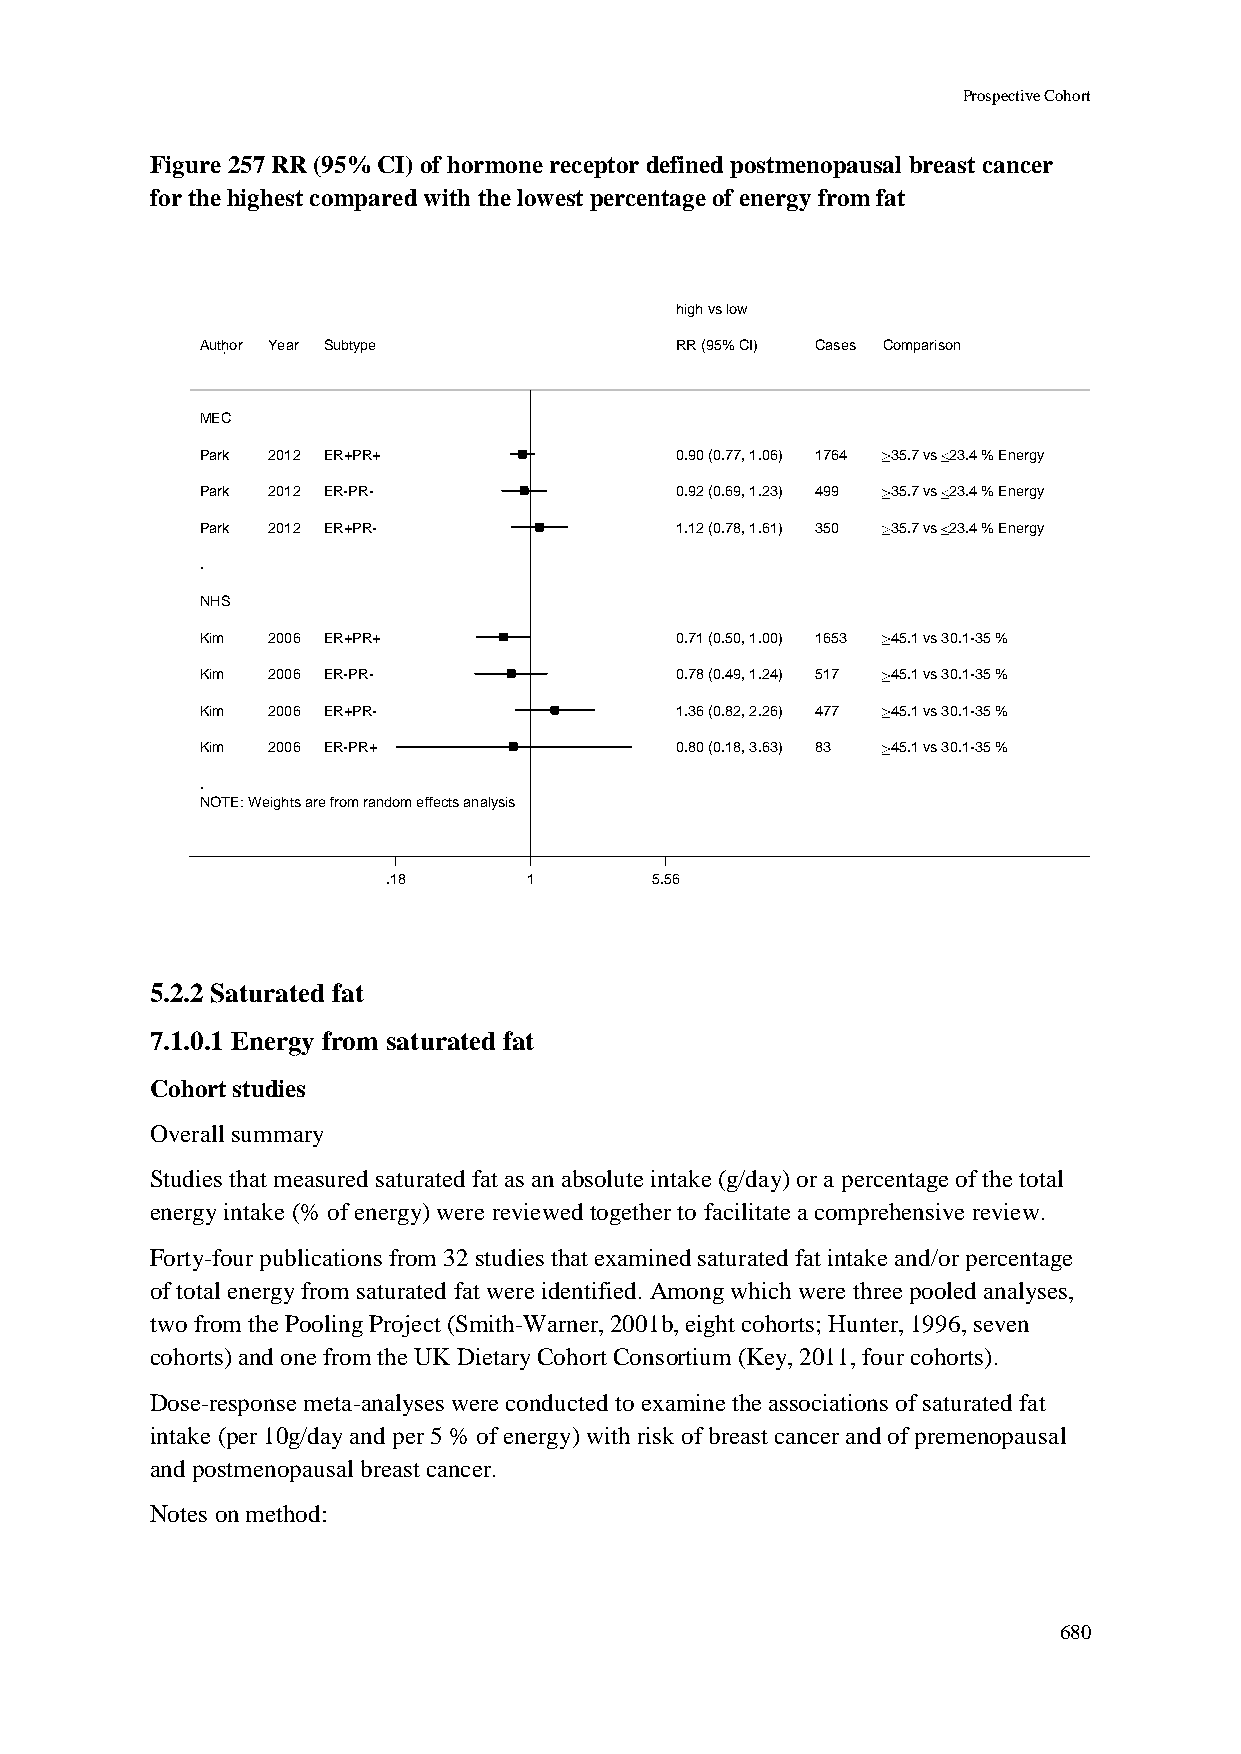
Prospective Cohort
 Figure 257 RR (95% CI) of hormone receptor defined postmenopausal breast cancer
 for the highest compared with the lowest percentage of energy from fat
 hhiigghh vvss llooww
 Author Year Subtype             RRRR ((9955%% CCII)) CCaasseess Comparison
 MEC
 Park 2012 ER+PR+                00..9900 ((00..7777,, 11..0066)) 11776644 35.7 vs 23.4 % Energy
 Park 2012 ER-PR-                00..9922 ((00..6699,, 11..2233)) 449999 35.7 vs 23.4 % Energy
 Park 2012 ER+PR-                11..1122 ((00..7788,, 11..6611)) 335500 35.7 vs 23.4 % Energy
 .
 NHS
 Kim  2006 ER+PR+                00..7711 ((00..5500,, 11..0000)) 11665533 45.1 vs 30.1-35 %
 Kim  2006 ER-PR-                00..7788 ((00..4499,, 11..2244)) 551177 45.1 vs 30.1-35 %
 Kim  2006 ER+PR-                11..3366 ((00..8822,, 22..2266)) 447777 45.1 vs 30.1-35 %
 Kim  2006 ER-PR+                00..8800 ((00..1188,, 33..6633)) 8833 45.1 vs 30.1-35 %
 .
 NOTE: Weights are from random effects analysis
 .18      11      5.56
 5.2.2 Saturated fat
 7.1.0.1 Energy from saturated fat
 Cohort studies
 Overall summary
 Studies that measured saturated fat as an absolute intake (g/day) or a percentage of the total
 energy intake (% of energy) were reviewed together to facilitate a comprehensive review.
 Forty-four publications from 32 studies that examined saturated fat intake and/or percentage
 of total energy from saturated fat were identified. Among which were three pooled analyses,
 two from the Pooling Project (Smith-Warner, 2001b, eight cohorts; Hunter, 1996, seven
 cohorts) and one from the UK Dietary Cohort Consortium (Key, 2011, four cohorts).
 Dose-response meta-analyses were conducted to examine the associations of saturated fat
 intake (per 10g/day and per 5 % of energy) with risk of breast cancer and of premenopausal
 and postmenopausal breast cancer.
 Notes on method:
 680